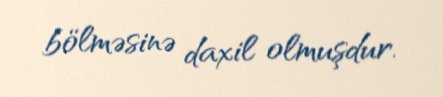
bölməsinə daxil olmuşdur.